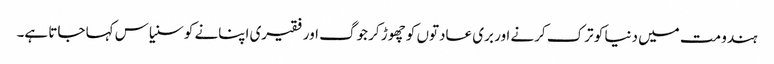
ہندو مت میں دنیا کو ترک کرنے اور بری عادتوں کو چھوڑ کر جوگ اور فقیری اپنانے کو سنیاس کہا جاتا ہے۔